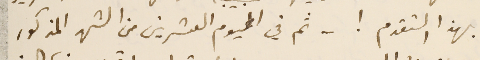
بهذا التقدم ! – ثم في اليوم العشرين من الشهر المذكور